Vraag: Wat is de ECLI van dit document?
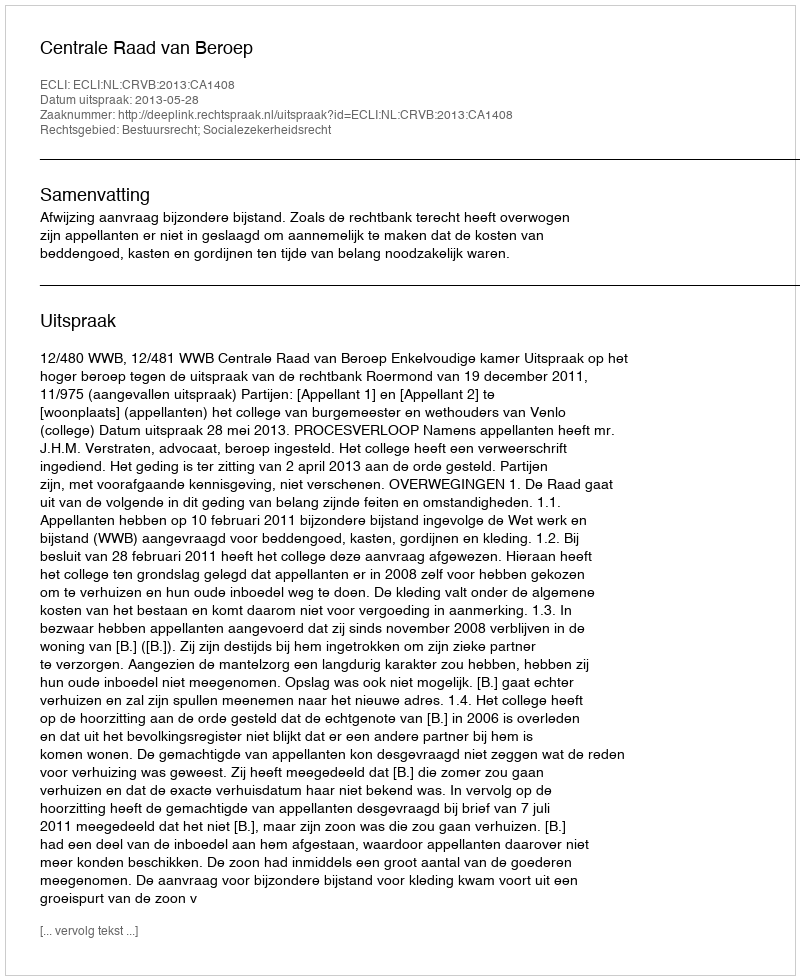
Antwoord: ECLI:NL:CRVB:2013:CA1408